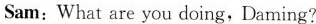
Sam:What are you doing,Daming?